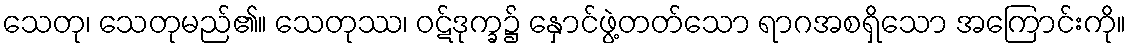
သေတု၊ သေတုမည်၏။ သေတုဿ၊ ဝဋ်ဒုက္ခ၌ နှောင်ဖွဲ့တတ်သော ရာဂအစရှိသော အကြောင်းကို။